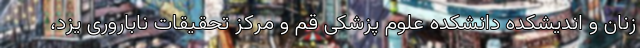
زنان و اندیشکده دانشکده علوم پزشکی قم و مرکز تحقیقات ناباروری یزد،